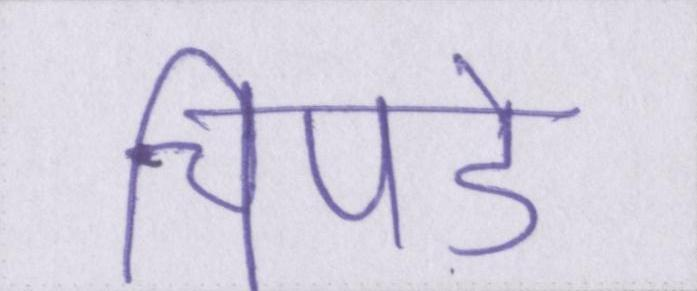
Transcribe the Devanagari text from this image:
चिपडे